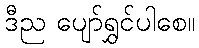
ဒီည ပျော်ရွှင်ပါစေ။